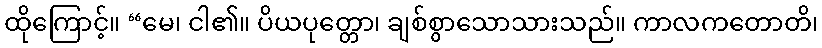
ထိုကြောင့်။ “မေ၊ ငါ၏။ ပိယပုတ္တော၊ ချစ်စွာသောသားသည်။ ကာလကတောတိ၊